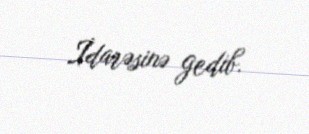
İdarəsinə gedib.